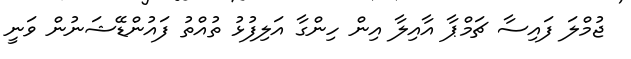
ޖުމްލަ ފައިސާ ޗަމްޕާ އާއިލާ އިން ހިންގާ އަލިފުޅު ތުއްތު ފައުންޑޭޝަނުން ވަނީ